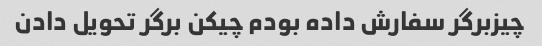
چیزبرگر سفارش داده بودم چیکن برگر تحویل دادن